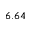
6 . 6 4